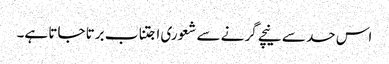
اس حد سے نیچے گرنے سے شعوری اجتناب برتا جاتا ہے۔